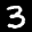
Label: 3